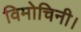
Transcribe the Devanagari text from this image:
विमोचिनी।